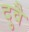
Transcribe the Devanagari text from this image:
दुवै